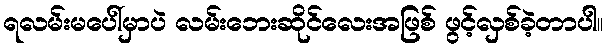
ရလမ်းမပေါ်မှာပဲ လမ်းဘေးဆိုင်လေးအဖြစ် ဖွင့်လှစ်ခဲ့တာပါ။